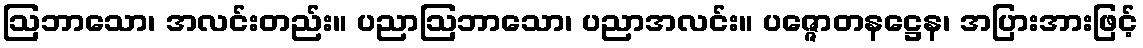
ဩဘာသော၊ အလင်းတည်း။ ပညာဩဘာသော၊ ပညာအလင်း။ ပဇ္ဇောတနဋ္ဌေန၊ အပြားအားဖြင့်